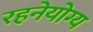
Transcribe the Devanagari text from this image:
रहनेयोग्य